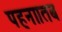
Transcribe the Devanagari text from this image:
पहना।तब